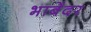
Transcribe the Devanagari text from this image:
भाबेंदर